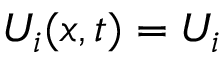
U _ { i } ( x , t ) = U _ { i }